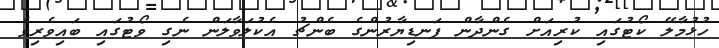
ހުޅުމާލޭ ކޯޓުގައި ކުރިއަށް ގެންދާން ފަނޑިޔާރުންގެ ބެންޗު އެކުލަވާލަން ނެގި ވޯޓުގައި ބައިވެރިވެ